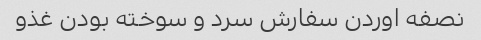
نصفه اوردن سفارش سرد و سوخته بودن غذو